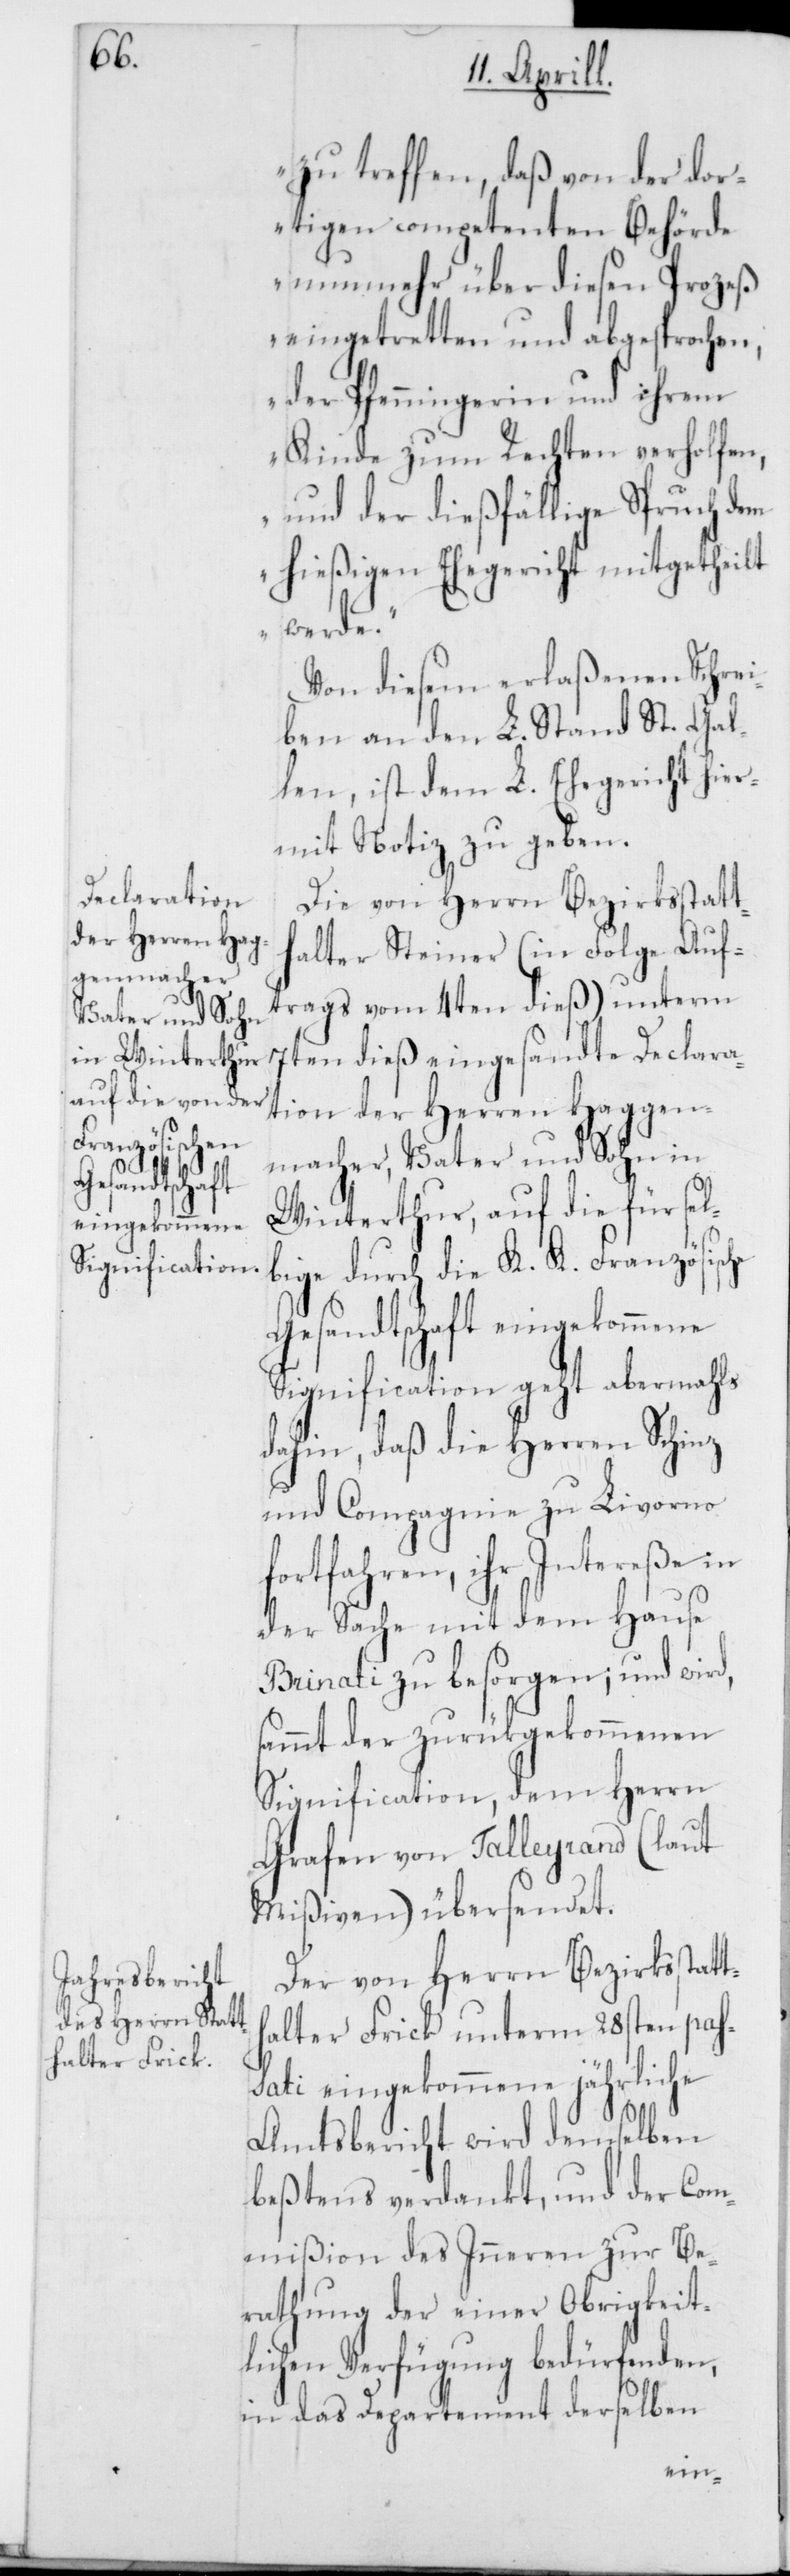
zu treffen, daß von der dor¬
tigen competenten Behörde
nunmehr über diesen Prozeß
eingetretten und abgesprochen,
der Pfenningerin und ihrem
Kinde zum Rechten verholfen,
und der dießfällige Spruch dem
hießigen Ehegericht mitgetheilt
werde.“
Von diesem erlaßenen Schrei¬
ben an den L. Stand St. Gal¬
len ist dem L. Ehegericht hier¬
mit Notiz zu geben.
Die von Herrn Bezirksstatt¬
halter Steiner (in Folge Auf¬
trags vom 4ten dieß) unterm
7ten dieß eingesandte Declara¬
tion der Herren Haggen¬
macher, Vater und Sohn in
Winterthur, auf die für sel¬
bige durch die K. K. Französische
Gesandtschaft eingekommene
Signification geht abermals
dahin, daß die Herren Schinz
und Compagnie zu Livorno
fortfahren, ihr Intereße in
der Sache mit dem Hause
Brinati zu besorgen; und wird,
sammt der zurückgekommenen
Signification, dem Herrn
Grafen von Talleyrand (laut
Mißiven) übersendet.
Der von Herrn Bezirksstatt¬
halter Frick unterm 28sten pas¬
sati eingekommene jährliche
Amtsbericht wird denselben
beßtens verdankt, und der Com¬
mißion des Inneren zur Be¬
rathung der einer Obrigkeit¬
lichen Verfügung bedürfenden,
in das Departement derselben